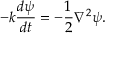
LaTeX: - k \frac { d \psi } { d t } = - \frac { 1 } { 2 } \nabla ^ { 2 } \psi .